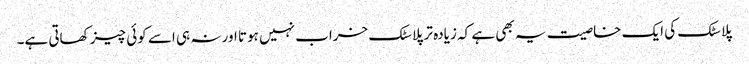
پلاسٹک کی ایک خاصیت یہ بھی ہے کہ زیادہ تر پلاسٹک خراب نہیں ہوتا اور نہ ہی اسے کوئی چیز کھاتی ہے۔